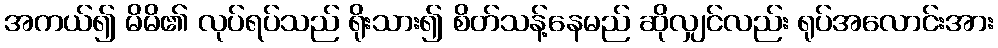
အကယ်၍ မိမိ၏ လုပ်ရပ်သည် ရိုးသား၍ စိတ်သန့်နေမည် ဆိုလျှင်လည်း ရုပ်အလောင်းအား